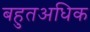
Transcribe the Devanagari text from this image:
बहुतअधिक